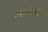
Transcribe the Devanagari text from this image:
सहगाथा